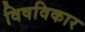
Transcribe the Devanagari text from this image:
विषविकार